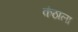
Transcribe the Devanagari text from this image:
कंठाला